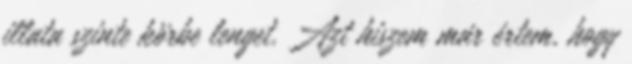
illata szinte körbe lenget. Azt hiszem már értem, hogy